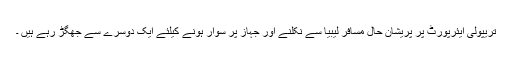
تریپولی ایئرپورٹ پر پریشان حال مسافر لیبیا سے نکلنے اور جہاز پر سوار ہونے کیلئے ایک دوسرے سے جھگڑ رہے ہیں ۔